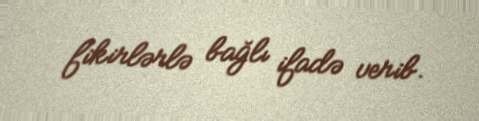
fikirlərlə bağlı ifadə verib.